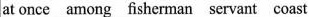
at once among fisherman servant coast